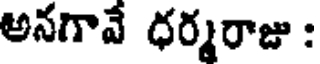
అనగావే ధర్మరాజు :